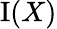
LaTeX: \operatorname{I}(X)